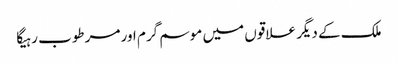
ملک کے دیگر علاقوں میں موسم گرم اور مرطوب رہیگا